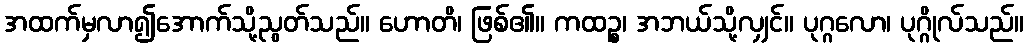
အထက်မှလာ၍အောက်သို့ညွတ်သည်။ ဟောတိ၊ ဖြစ်၏။ ကထဉ္စ၊ အဘယ်သို့လျှင်။ ပုဂ္ဂလော၊ ပုဂ္ဂိုလ်သည်။